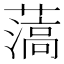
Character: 薃